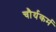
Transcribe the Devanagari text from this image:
चौर्यकर्म